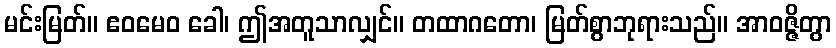
မင်းမြတ်။ ဧဝမေဝ ခေါ၊ ဤအတူသာလျှင်။ တထာဂတော၊ မြတ်စွာဘုရားသည်။ အာဝဇ္ဇိတွာ